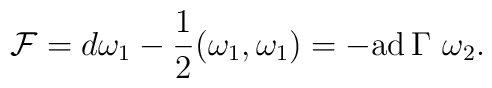
{\cal F}=d\omega_1-{1\over 2}(\omega_1,\omega_1)=-{\rm ad}\, \Gamma \,\,\omega_2.